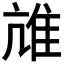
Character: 𨾒